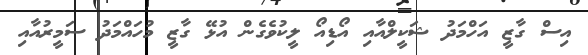
އިސް ގާޒީ އަހްމަދު ޝަކީލްއާއި އޯޑިއޯ ލީކުވެގެން އުޅޭ ގާޒީ މުހައްމަދު ސަމީރުއާއި